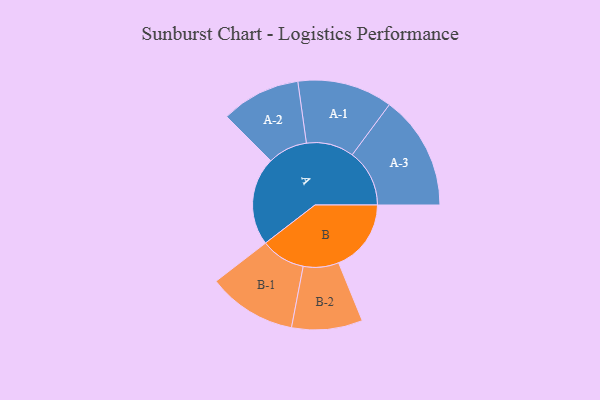
{"axis": {"x": "Segment", "y": "Value"}, "legend": ["", "A", "B"], "data": [{"x": "A", "y": 312, "type": ""}, {"x": "B", "y": 256, "type": ""}, {"x": "A-1", "y": 168, "type": "A"}, {"x": "A-2", "y": 140, "type": "A"}, {"x": "A-3", "y": 202, "type": "A"}, {"x": "B-1", "y": 157, "type": "B"}, {"x": "B-2", "y": 125, "type": "B"}]}